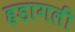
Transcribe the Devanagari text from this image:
हडागली